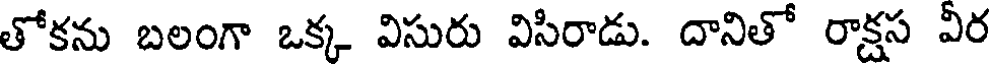
తోకను బలంగా ఒక్క విసురు విసిరాడు. దానితో రాక్షస వీర